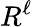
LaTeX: R^{\ell}